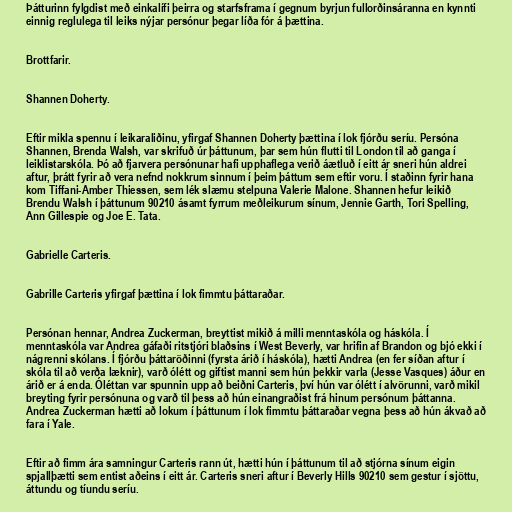
Þátturinn fylgdist með einkalífi þeirra og starfsframa í gegnum byrjun fullorðinsáranna en kynnti
einnig reglulega til leiks nýjar persónur þegar líða fór á þættina.

Brottfarir.

Shannen Doherty.

Eftir mikla spennu í leikaraliðinu, yfirgaf Shannen Doherty þættina í lok fjórðu seríu. Persóna
Shannen, Brenda Walsh, var skrifuð úr þáttunum, þar sem hún flutti til London til að ganga í
leiklistarskóla. Þó að fjarvera persónunar hafi upphaflega verið áætluð í eitt ár sneri hún aldrei
aftur, þrátt fyrir að vera nefnd nokkrum sinnum í þeim þáttum sem eftir voru. Í staðinn fyrir hana
kom Tiffani-Amber Thiessen, sem lék slæmu stelpuna Valerie Malone. Shannen hefur leikið
Brendu Walsh í þáttunum 90210 ásamt fyrrum meðleikurum sínum, Jennie Garth, Tori Spelling,
Ann Gillespie og Joe E. Tata.

Gabrielle Carteris.

Gabrille Carteris yfirgaf þættina í lok fimmtu þáttaraðar.

Persónan hennar, Andrea Zuckerman, breyttist mikið á milli menntaskóla og háskóla. Í
menntaskóla var Andrea gáfaði ritstjóri blaðsins í West Beverly, var hrifin af Brandon og bjó ekki í
nágrenni skólans. Í fjórðu þáttaröðinni (fyrsta árið í háskóla), hætti Andrea (en fer síðan aftur í
skóla til að verða læknir), varð ólétt og giftist manni sem hún þekkir varla (Jesse Vasques) áður en
árið er á enda. Óléttan var spunnin upp að beiðni Carteris, því hún var ólétt í alvörunni, varð mikil
breyting fyrir persónuna og varð til þess að hún einangraðist frá hinum persónum þáttanna.
Andrea Zuckerman hætti að lokum í þáttunum í lok fimmtu þáttaraðar vegna þess að hún ákvað að
fara í Yale.

Eftir að fimm ára samningur Carteris rann út, hætti hún í þáttunum til að stjórna sínum eigin
spjallþætti sem entist aðeins í eitt ár. Carteris sneri aftur í Beverly Hills 90210 sem gestur í sjöttu,
áttundu og tíundu seríu.